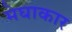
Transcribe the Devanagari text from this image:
मेघाकार